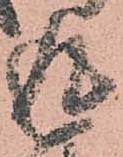
返